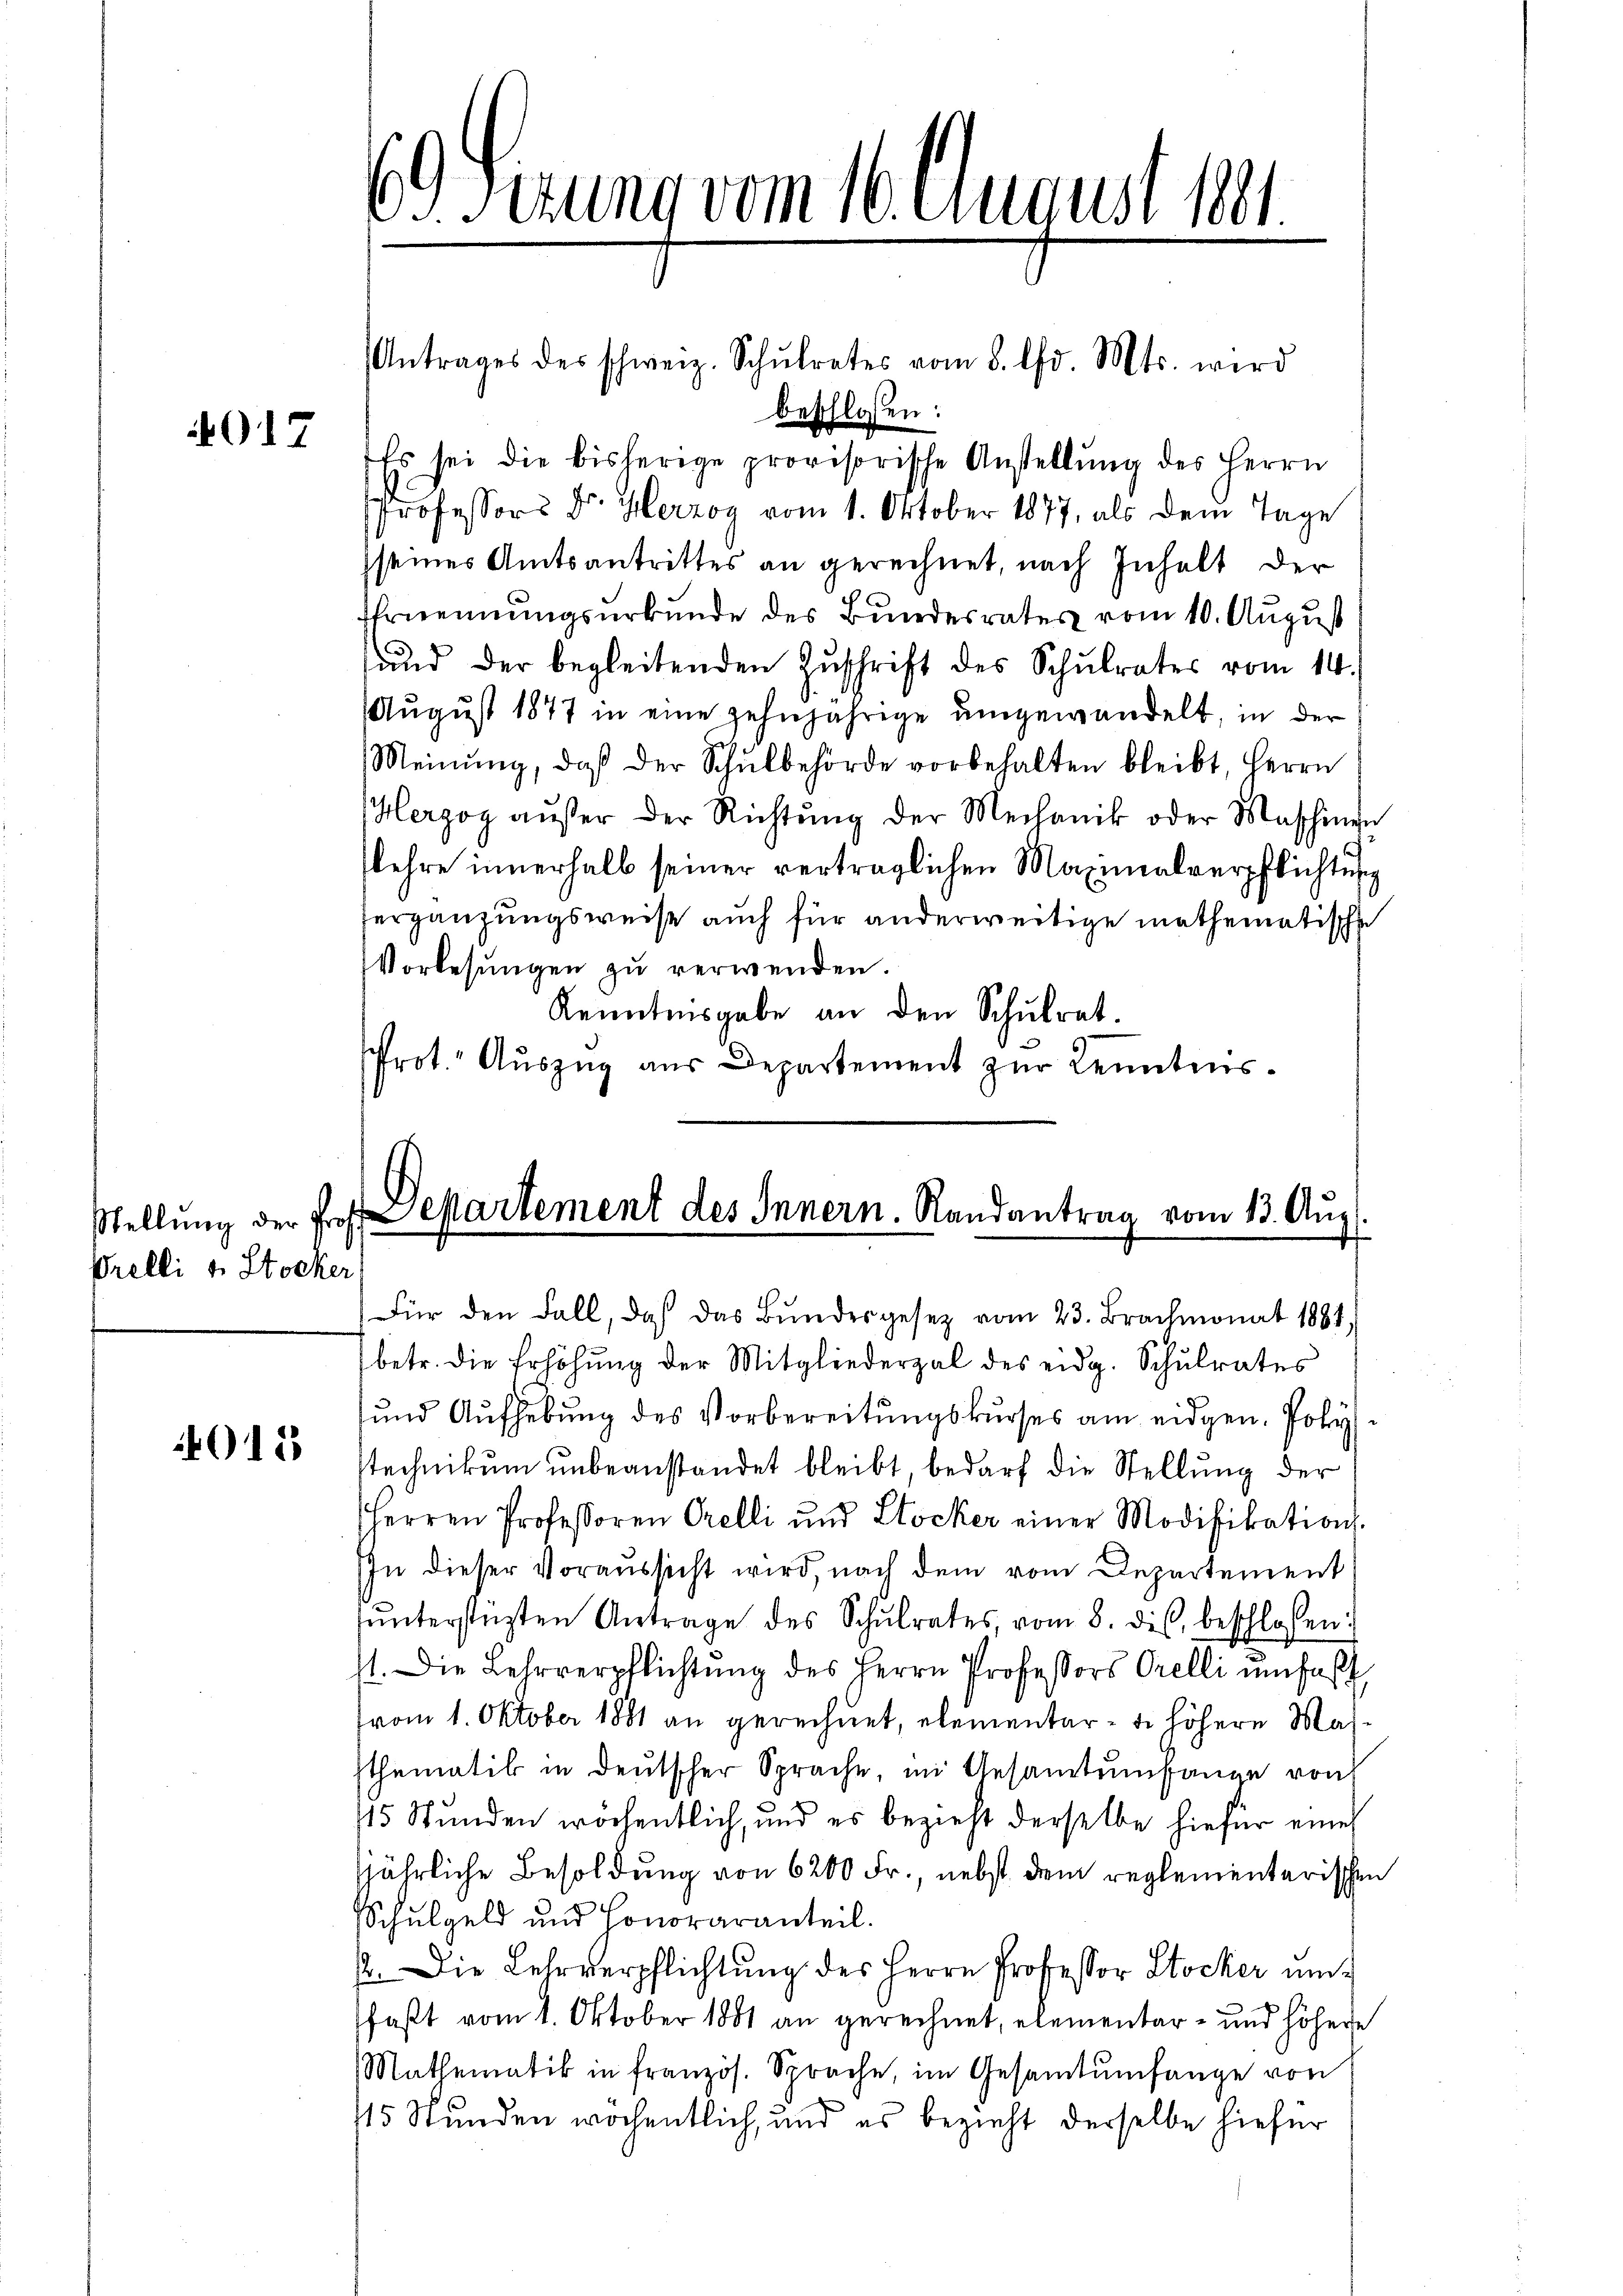
017

Orelli v. Stocker,

4018

¬
B. Setzung vom 16. August 1881.

Antrages des schweiz. Schŭlrates vom 8. d. Mts. wird
beschlossen:
Es sei die bisherige provisorische Anstellŭng des Herrn
Professors Dr. Herzog vom 1. Oktober 1877, als dein Tage
seines Amtsantrittes an gerechnet, nach Inhalt der
Ernennungsurkunde des Bundesrates vom 10. August
ŭnd der begleitenden Zŭschrift des Schŭlrates vom 14.
August 1877 in eine zehnjährige umgewandelt, in der
Meinŭng, daß der Schŭlbehörde vorbehalten bleibt, Herrn
Herzog aŭβer der Richtŭng der Mechanik oder Maschinen
skehre innerhalb seiner verträglichen Maximalverpflichtung
Vergänzungsweise auch für anderweitige mathematische
Vorlesungen zŭ verwenden.
Kenntnisgabe an den Schŭlrat.
Prot. Auszug aus Departement zur Kenntnis.

Stellŭng der Prof. Martement des Innern. Randantrag vom 13. Aŭg.

Für den Fall, daß das Bŭndesgesetz vom 23. Brachmonat 1881,
betr. die Erhöhŭng der Mitgliederzal des eidg. Schulrates
und Aufhebung des Vorbereitungskurses am eidgen. Polystechnikum unbeanstandet bleibt, bedarf die Stellung der
Herren Professoren Orelli und Stocker einer Modifikations-
IIn dieser Voraussicht wird, nach dem vom Departement
ŭnterstüzten Antrage des Schŭlrates, vom 8. des, beschlossen:
st. Die Lehrverpflichtŭng des Herrn Professors Orelli umfaßt
vom 1. Oktober 1881 an gerechnet, elementar - u. höhere Massthematik in deŭtscher Sprache, im Gesamtŭmfange von
115 Stunden wöchentlich, und es bezieht derselbe hiefür eines
jährliche Besoldung von 6200 Fr., nebst dem reglementarischen
Schulgeld und Honoraranteil.
2. Die Lehrverpflichtung des Herrn Professor Stocker umfaßt vom 1. Oktober 1881 an gerechnet, elementar- und höhere
Mathematik in französ. Sprache, im Gesamtŭmfange von
115 Stunden wöchentlich, und es bezieht derselbe hiefür